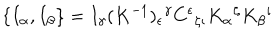
\{ I _ { \alpha } , I _ { \beta } \} = I _ { \gamma } ( K ^ { - 1 } ) _ { \epsilon } \hspace { 0 . 1 m m } ^ { \gamma } C ^ { \epsilon } \hspace { 0 . 1 m m } _ { \zeta \iota } K _ { \alpha } \hspace { 0 . 1 m m } ^ { \zeta } K _ { \beta } \hspace { 0 . 1 m m } ^ { \iota }